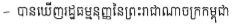
- បានឃើញរដ្ឋធម្មនុញ្ញនៃព្រះរាជាណាចក្រកម្ពុជា